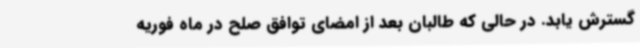
گسترش یابد. در حالی که طالبان بعد از امضای توافق صلح در ماه فوریه